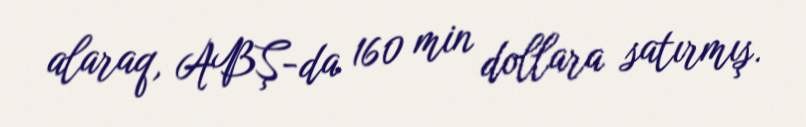
alaraq, ABŞ-da 160 min dollara satırmış.